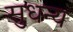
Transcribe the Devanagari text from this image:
सुधन्य